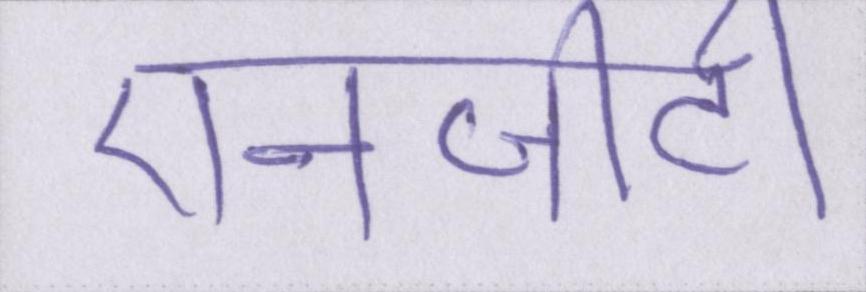
एनजीटी